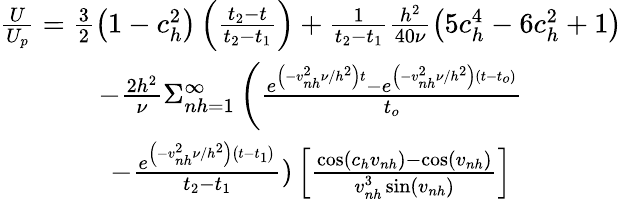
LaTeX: \begin{array}{c}{{\frac{U}{U_{p}}=\frac{3}{2}\left(1-c_{h}^{2}\right)\left(\frac{t_{2}-t}{t_{2}-t_{1}}\right)+\frac{1}{t_{2}-t_{1}}\frac{h^{2}}{40\nu}\left(5c_{h}^{4}-6c_{h}^{2}+1\right)}}\\ {{-\frac{2h^{2}}{\nu}\Sigma_{nh=1}^{\infty}\left(\frac{e^{\left(-v_{nh}^{2}\nu/h^{2}\right)t}-e^{\left(-v_{nh}^{2}\nu/h^{2}\right)\left(t-t_{o}\right)}}{t_{o}}\right.}}\\ {{-\frac{e^{\left(-v_{nh}^{2}\nu/h^{2}\right)\left(t-t_{1}\right)}}{t_{2}-t_{1}})\left[\frac{\cos\left(c_{h}v_{nh}\right)-\cos\left(v_{nh}\right)}{v_{nh}^{3}\sin\left(v_{nh}\right)}\right]}}\end{array}